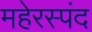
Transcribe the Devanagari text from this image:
महेरस्पंद